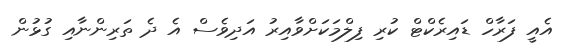
އެއީ ފަރާހް ޑައިރެކްޓް ކުރި ފިލްމަކަށްވާއިރު އަދިވެސް އެ ދެ ތަރިންނާއި ގުޅުން